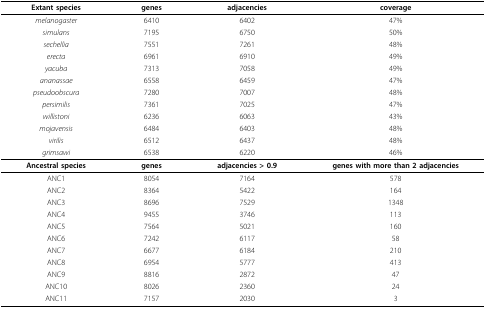
<table><thead><tr><td><b>Extant species</b></td><td><b>genes</b></td><td><b>adjacencies</b></td><td><b>coverage</b></td></tr></thead><tbody><tr><td><i>melanogaster</i></td><td>6410</td><td>6402</td><td>47%</td></tr><tr><td><i>simulans</i></td><td>7195</td><td>6750</td><td>50%</td></tr><tr><td><i>sechellia</i></td><td>7551</td><td>7261</td><td>48%</td></tr><tr><td><i>erecta</i></td><td>6961</td><td>6910</td><td>49%</td></tr><tr><td><i>yacuba</i></td><td>7313</td><td>7058</td><td>49%</td></tr><tr><td><i>ananassae</i></td><td>6558</td><td>6459</td><td>47%</td></tr><tr><td><i>pseudoobscura</i></td><td>7280</td><td>7007</td><td>48%</td></tr><tr><td><i>persimilis</i></td><td>7361</td><td>7025</td><td>47%</td></tr><tr><td><i>willistoni</i></td><td>6236</td><td>6063</td><td>43%</td></tr><tr><td><i>mojavensis</i></td><td>6484</td><td>6403</td><td>48%</td></tr><tr><td><i>virilis</i></td><td>6512</td><td>6437</td><td>48%</td></tr><tr><td><i>grimsawi</i></td><td>6538</td><td>6220</td><td>46%</td></tr><tr><td><b>Ancestral species</b></td><td><b>genes</b></td><td><b>adjacencies &gt; 0.9</b></td><td><b>genes with more than 2 adjacencies</b></td></tr><tr><td>ANC1</td><td>8054</td><td>7164</td><td>578</td></tr><tr><td>ANC2</td><td>8364</td><td>5422</td><td>164</td></tr><tr><td>ANC3</td><td>8696</td><td>7529</td><td>1348</td></tr><tr><td>ANC4</td><td>9455</td><td>3746</td><td>113</td></tr><tr><td>ANC5</td><td>7564</td><td>5021</td><td>160</td></tr><tr><td>ANC6</td><td>7242</td><td>6117</td><td>58</td></tr><tr><td>ANC7</td><td>6677</td><td>6184</td><td>210</td></tr><tr><td>ANC8</td><td>6954</td><td>5777</td><td>413</td></tr><tr><td>ANC9</td><td>8816</td><td>2872</td><td>47</td></tr><tr><td>ANC10</td><td>8026</td><td>2360</td><td>24</td></tr><tr><td>ANC11</td><td>7157</td><td>2030</td><td>3</td></tr></tbody></table>